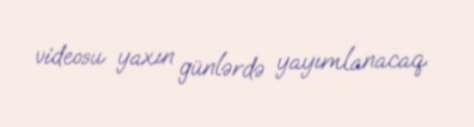
videosu yaxın günlərdə yayımlanacaq.